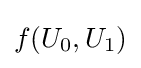
f(U_{0},U_{1})